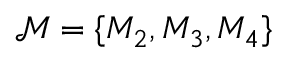
\mathcal { M } = \{ M _ { 2 } , M _ { 3 } , M _ { 4 } \}